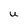
Character: U